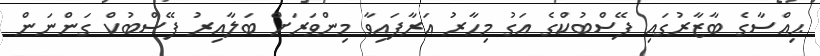
ޙިއްސާގެ ބާޒާރުގައި ފޭސްބުކްގެ އަގު މިހާރު އަރާފައިވާ މިންވަރަށް ބަލާއިރު ފޭސްބުކް ގަންނަން